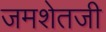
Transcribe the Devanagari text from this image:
जमशेतजी